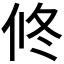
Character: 𠗆